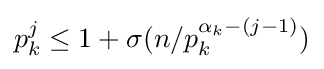
p_{k}^{j}\leq 1+\sigma (n/p_{k}^{\alpha _{k}-(j-1)})